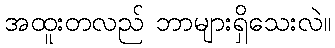
အထူးတလည် ဘာများရှိသေးလဲ။